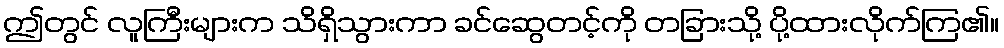
ဤတွင် လူကြီးများက သိရှိသွားကာ ခင်ဆွေတင့်ကို တခြားသို့ ပို့ထားလိုက်ကြ၏။